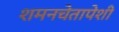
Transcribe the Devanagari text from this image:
शमनचेतापेशी